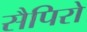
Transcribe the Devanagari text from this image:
सैपिरो